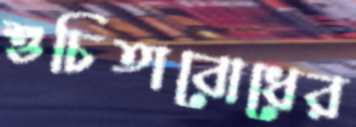
শুচিতাবোধের